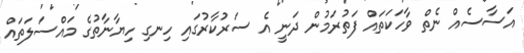
އަސާސެއް ނެތް ވާހަކަތައް ފަތުރަމުން ދަނީ އެ ސަރުކާރުގައި ހިނގި ހިޔާނާތުގެ މައްސަލަތައް